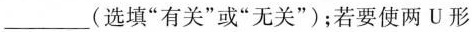
___(选填”有关”或”无关”)；若要使两U形